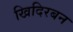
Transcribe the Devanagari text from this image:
खिदिरबन